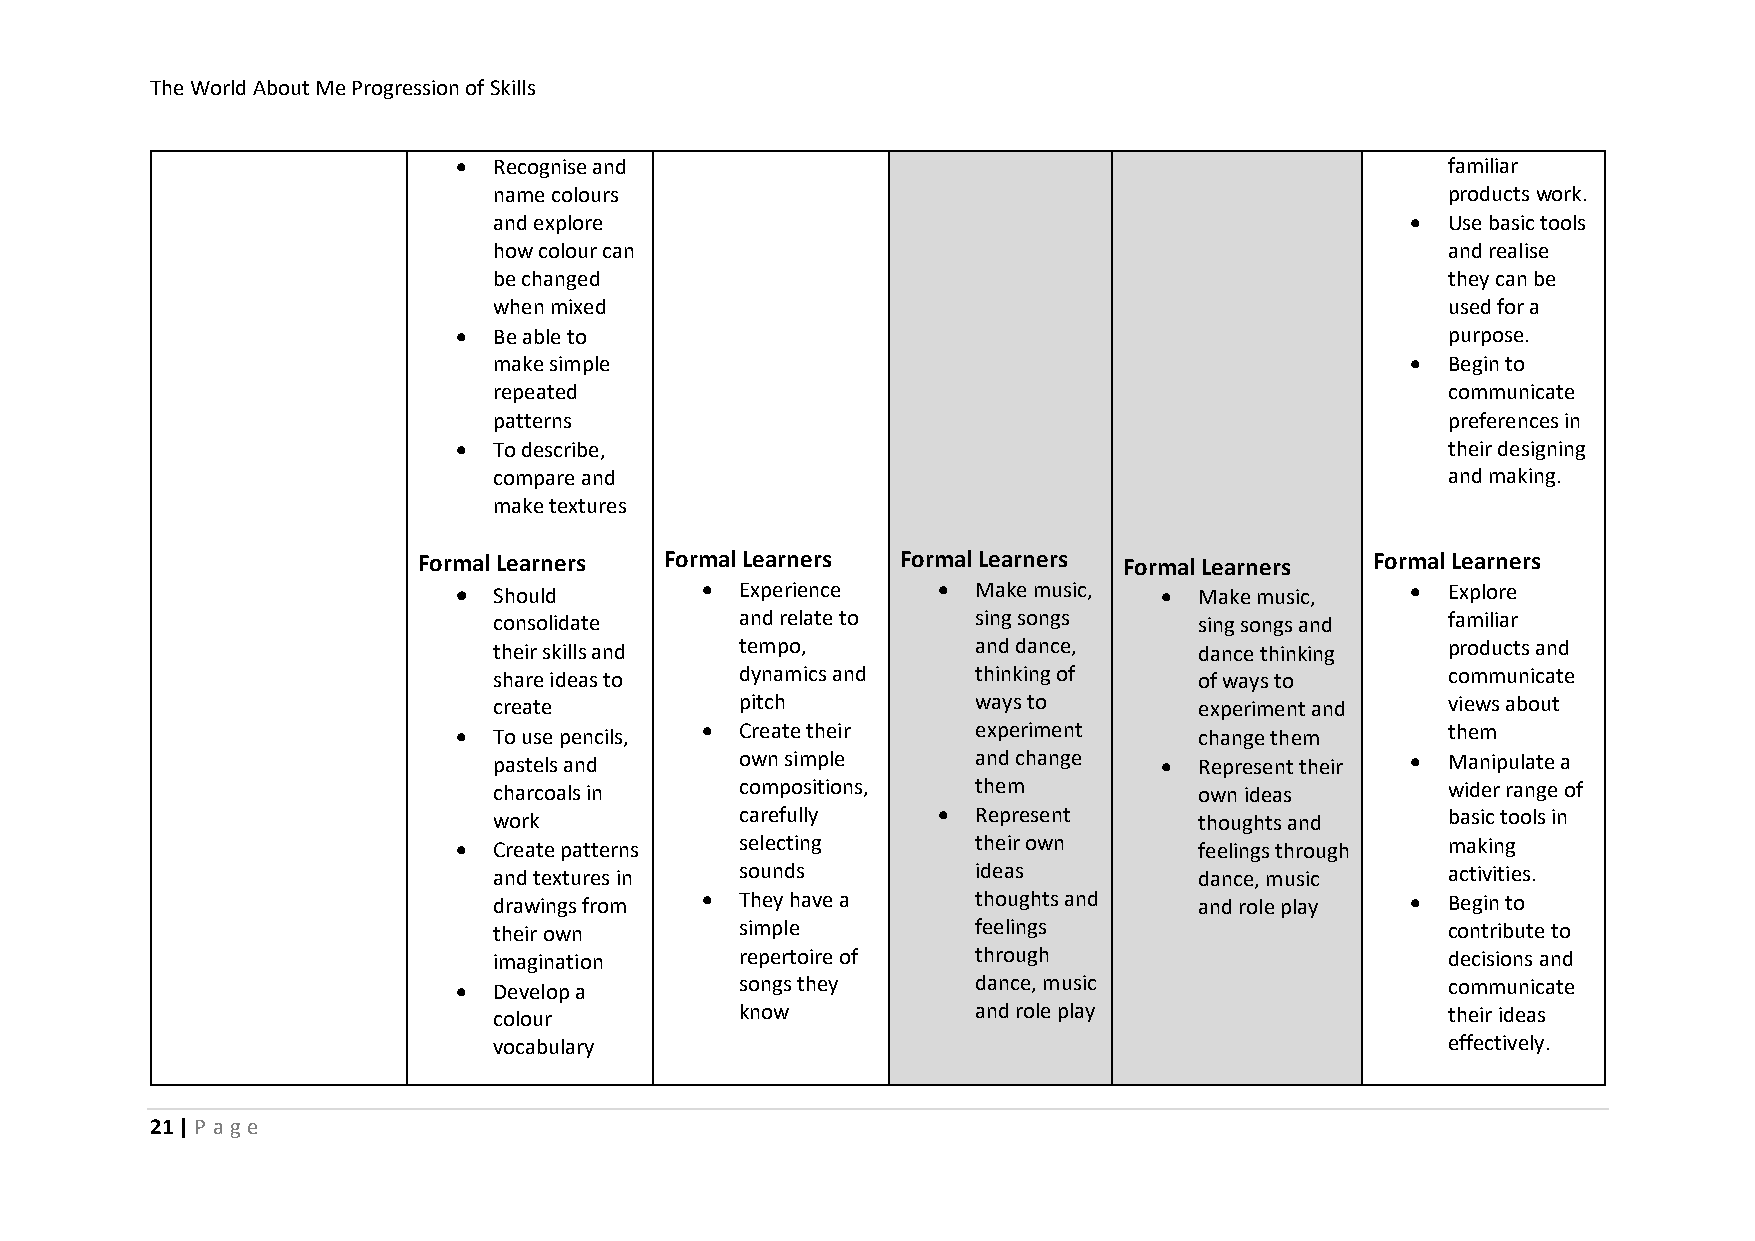
The World About Me Progression of Skills
 •  Recognise and                                                  familiar
 name colours                                                   products work.
 and explore                                                 •  Use basic tools
 how colour can                                                 and realise
 be changed                                                     they can be
 when mixed                                                     used for a
 •  Be able to                                                     purpose.
 make simple                                                 •  Begin to
 repeated                                                       communicate
 patterns                                                       preferences in
 •  To describe,                                                   their designing
 compare and                                                    and making.
 make textures
 Formal Learners Formal Learners Formal Learners Formal Learners Formal Learners
 •  Should       •  Experience   •  Make music, • Make music,   •  Explore
 consolidate     and relate to   sing songs    sing songs and   familiar
 their skills and tempo,         and dance,    dance thinking   products and
 share ideas to  dynamics and    thinking of   of ways to       communicate
 create          pitch           ways to       experiment and   views about
 •  To use pencils, • Create their  experiment    change them      them
 pastels and     own simple      and change  • Represent their • Manipulate a
 charcoals in    compositions,   them          own ideas        wider range of
 work            carefully    •  Represent     thoughts and     basic tools in
 •  Create patterns selecting       their own     feelings through making
 and textures in sounds          ideas         dance, music     activities.
 drawings from • They have a     thoughts and  and role play •  Begin to
 their own       simple          feelings                       contribute to
 imagination     repertoire of   through                        decisions and
 •  Develop a       songs they      dance, music                   communicate
 colour          know            and role play                  their ideas
 vocabulary                                                     effectively.
 21 | P ag e